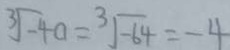
\sqrt [ 3 ] { - 4 } a = \sqrt [ 3 ] { - 6 4 } = - 4